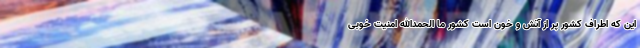
این که اطراف کشور پر از آتش و خون است کشور ما الحمدالله امنیت خوبی